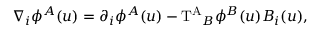
{ \nabla } _ { i } { \phi } ^ { A } ( u ) = { \partial } _ { i } { \phi } ^ { A } ( u ) - \mathrm { T ^ { A } } _ { B } { \phi } ^ { B } ( u ) B _ { i } ( u ) ,